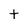
Character: t